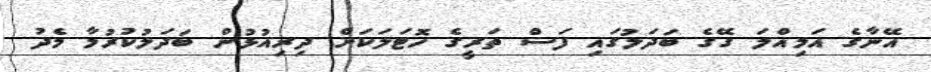
އޭނާގެ އަމިއްލަ ގޭގެ ބަދަލުގައި ފަސް ތަރީގެ ހޮޓަލަކަށް ދިރިއުޅުން ބަދަލުކުރުމާ މެދު